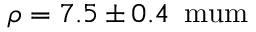
\rho = 7 . 5 \pm 0 . 4 \, \mathrm { { \ m u m } }